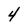
Character: 4